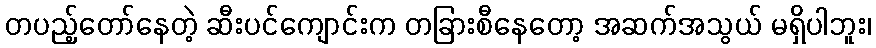
တပည့်တော်နေတဲ့ ဆီးပင်ကျောင်းက တခြားစီနေတော့ အဆက်အသွယ် မရှိပါဘူး၊